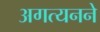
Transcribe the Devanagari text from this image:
अगत्यनने